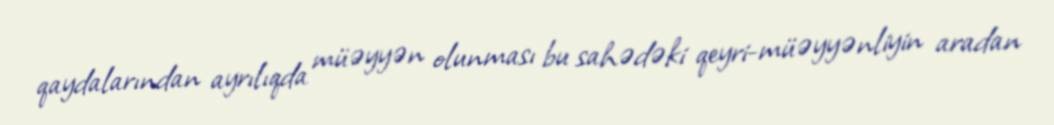
qaydalarından ayrılıqda müəyyən olunması bu sahədəki qeyri-müəyyənliyin aradan